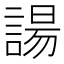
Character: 諹